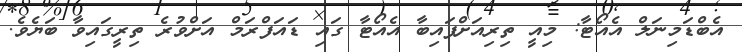
އެބްޑަމިނަލް އެއޯޓާ: މިއީ ތިރިއަށްފައިބާ އެއޯޓާ ގައި ޑައަފްރަމް އަށްވުރެ ތިރީގައިވާ ބަޔެވެ.